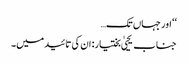
‘‘ اور جہاں تک…
جناب یحییٰ بختیار: ان کی تائید میں۔